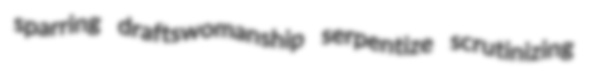
sparring draftswomanship serpentize scrutinizing